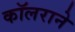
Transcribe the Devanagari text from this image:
कॉलराने